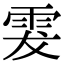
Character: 𩂔